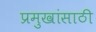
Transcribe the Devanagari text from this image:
प्रमुखांसाठी